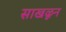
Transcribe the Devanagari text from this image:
साखळून